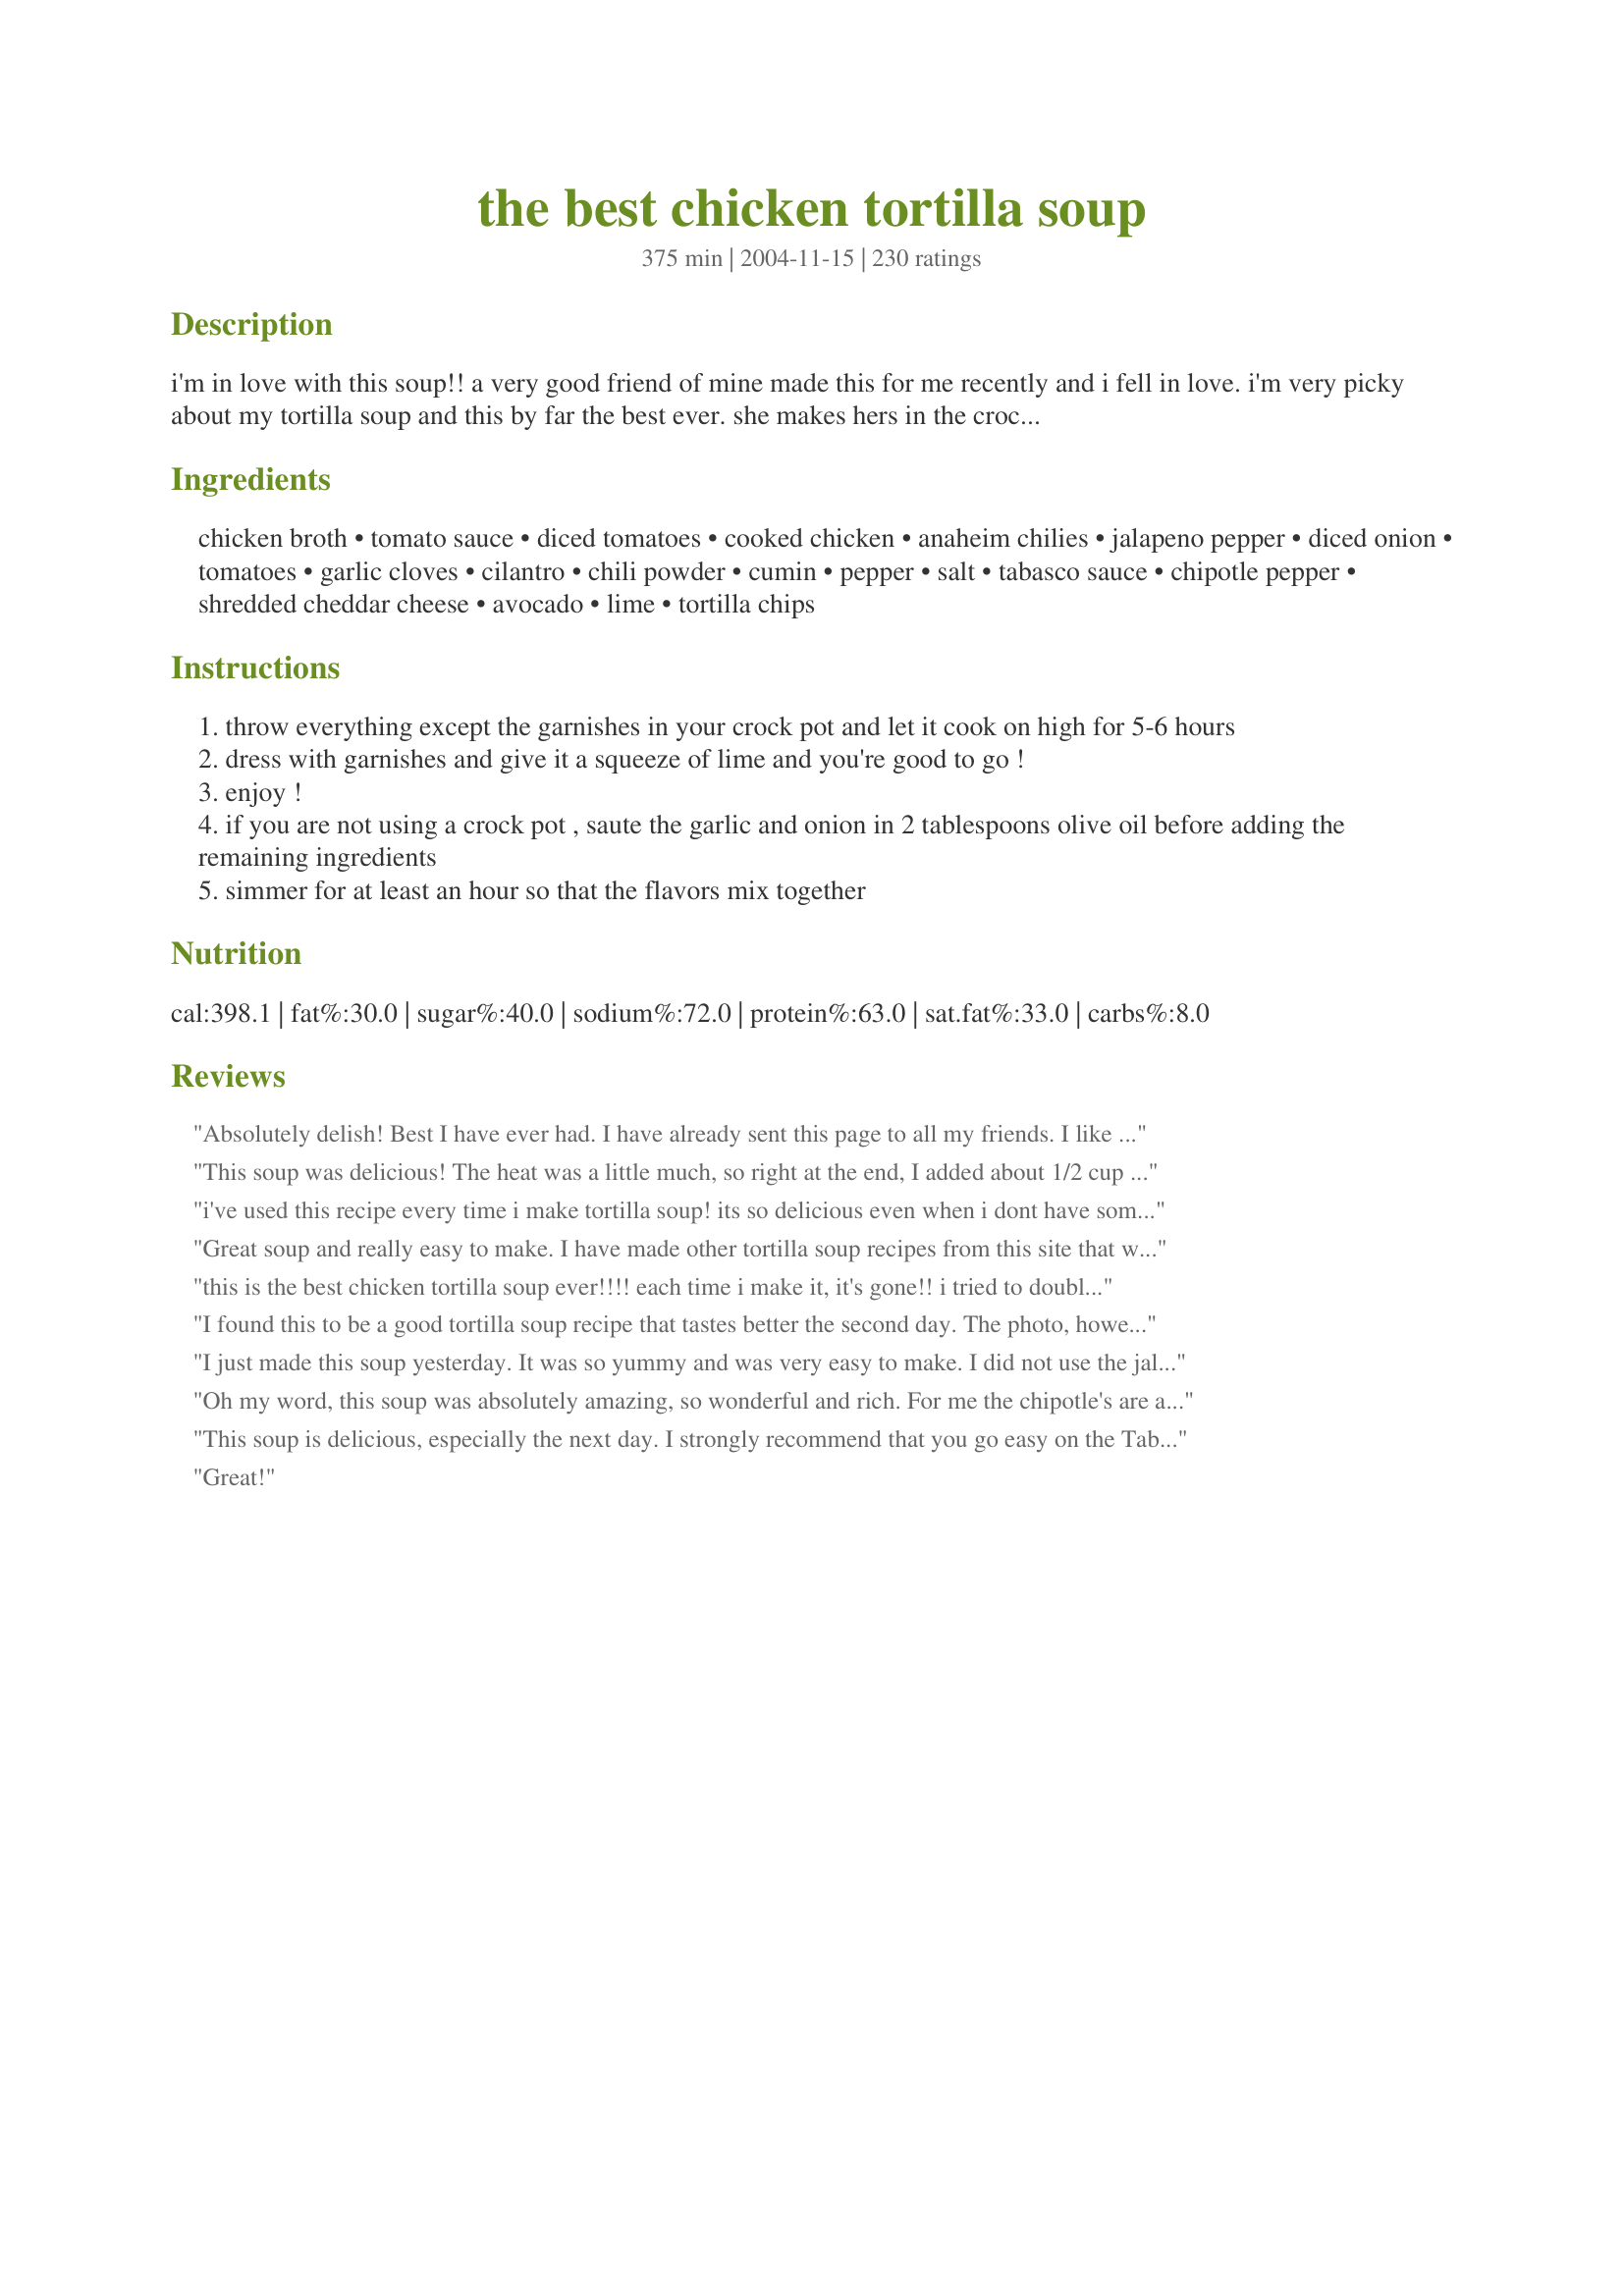
the best chicken tortilla soup
Preparation time: 375 minutes

i'm in love with this soup!! a very good friend of mine made this for me recently and i fell in love. i'm very picky about my tortilla soup and this by far the best ever. she makes hers in the crock pot and i have to agree, that it's easy and tastes just wonderful!! whatever you do, do not skip the garnishes! they are the icing on the cake! update april 2010: obviously i've made this so many times i never even look at the recipe anymore! but i wanted to add some variations that i play around with that are great. like many reviewers black beans and corn are great additions. sometimes i add them to the leftovers (if there are any :-) so that is feels like something new the next day! i have also made it several times with shredded pork which turns it into a pork carnitas type of soup. if you like it on the spicy and smoke side buy a can of chipotle peppers in adobo sauce and mince up one or two and add it. and lastly, a little swizzle of half and half or heavy cream just minutes before serving makes it a creamy tortilla soup that is wonderful and it is also a good way to tone down the heat if it got away from you...

Ingredients:
chicken broth, tomato sauce, diced tomatoes, cooked chicken, anaheim chilies, jalapeno pepper, diced onion, tomatoes, garlic cloves, cilantro, chili powder, cumin, pepper, salt, tabasco sauce, chipotle pepper, shredded cheddar cheese, avocado, lime, tortilla chips

Steps:
throw everything except the garnishes in your crock pot and let it cook on high for 5-6 hours
dress with garnishes and give it a squeeze of lime and you're good to go !
enjoy !
if you are not using a crock pot , saute the garlic and onion in 2 tablespoons olive oil before adding the remaining ingredients
simmer for at least an hour so that the flavors mix together

Reviews:
Absolutely delish! Best I have ever had. I have already sent this page to all my friends. I like to add a dolop of sour cream on top and some extra onions. I used all the peppers since I like it spicy but the sour cream does tame it down a little bit. I will try some of your other recipes Jill, thanks for this one it is a keeper!
This soup was delicious! The heat was a little much, so right at the end, I added about 1/2 cup of milk. It toned down the spice but still kept all of the flavors. I have a soup cookoff at work on Thursday, and am sure to win with this recipe :)
i've used this recipe every time i make tortilla soup! its so delicious even when i dont have some of the peppers it calls for. My husband is so happy when I make it for him!
Great soup and really easy to make. I have made other tortilla soup recipes from this site that were much more time consuming but not as good! I would definitely recommend using a rotisserie chicken as mentioned in the recipe. It's so convenient and has great flavor!
this is the best chicken tortilla soup ever!!!! each time i make it, it's gone!! i tried to double the recipe and it seemed like it was gone even quicker.. def. a keeper in my house!!
I found this to be a good tortilla soup recipe that tastes better the second day. The photo, however, makes the soup look a clearer red than it turns out to be if you give the tortilla chips a fine to a bit under medium cruch and if you cruble the cheddar cheese rather than shred it in strips. The chips will melt into the soup and so will the cheese, so it won't look or be as clear with tomato-chicken broth. Rather than fool with reconsituting chipotle pepper or rebuying it and using it dry, I used 1/2 tsp. adobo sauce (homemade from an online encyclopedia recipe). That worked fine. I left out the anaheim chilies and used canned sliced green peppers in place of the 1 jalapeno pepper. The dish will taste hot enough but not overpoweringly so if you do these things and use only 1 tsp. Tobasco sauce and 1/2 tbsp. chili powder. I imagine this dish will taste a good deal hotter if you use the amounts for all the hot foods/spices called for. If you are a person who prefers a redder, clearer tortilla soup, find a recipe that uses tortilla strips and shred the cheese using the biggest shredder size. Bon appetit!
I just made this soup yesterday. It was so yummy and was very easy to make. I did not use the jalepenos and added 1 teaspoon of cayenne pepper. It had just the right amount of kick. Thank you for posting this recipe!
Oh my word, this soup was absolutely amazing, so wonderful and rich. For me the chipotle's are an essential kick. I took out the ribs and the seeds from the other chiles to control the heat a little, but it still had a nice bite. Kudos.
This soup is delicious, especially the next day. I strongly recommend that you go easy on the Tabasco sauce until it cooks a bit, then add to taste. My soup came out so hot I was scrambling for additions to put the fire out. It successfully survived adding a can of corn, a can of chick peas, another can of diced tomatoes and 16oz. more of chicken broth. Prep time was 30 minutes for me. Sour cream is a good garnish too. Thanks!
Great!
We'll be making this a regular on our menu! My 16 year old and 9 year old ate it all gone. We especially loved the toasted corn tortillas. It is all Gluten Free! We skipped the cheese, avocado, lime and only useed 2 slices of jalapeno. I used cumin and chili powder on the chicken baked in the oven.
Such a great recipe! Everyone I've made it for loves it. I love spice(I'm Texan) so I add extra jalapenos and Mexican hot sauce at the end to taste. I also added extra chicken. Instead of tortilla chips, I use chili lime tortilla strips (Wal-Mart).
Great and easy recipe to throw together. Used 2 cans of tomatoes and jalapenos I had canned instead of fresh tomatoes. Did not use the chilies. Added 2 T sugar to cut down on the acidity of tomatoes. Everyone loved it! Thanks
What a fabulous and versitile soup! We had on hand some frozen roasted chilies, so used them. I didn't have any fresh tomatoes, so instead used a can of whole tomatoes. We also threw in a can of chili beans (didn't have black beans on hand, as I prefer), and some frozen "corn off the cob". For me, the cilantro is essential, as well as the lime, but everyone can judge for themselves. BTW, this freezes beautifully and with the garnishes, tastes super fresh. Thanks so much for posting. I've shared this with many!
I made this soup exactly as written and we loved it. So full of flavor with a good kick to it. I simmered mine on the stovetop for most of the day adding extra broth as needed. For the last few hours I covered it. Very rich flavored soup. I used all the garnishes except extra cilantro. Thanks so much for a wonderful soup recipe.
This soup is the best! I made it for my bunco group and now this soup is all over the place!! I did make a few changes because my kids don't like diced tomato so I just added an extra can of tomato sauce. I also added a smaller can of chicken broth. AND I added a little extra of garlic and cilantro. I also cut back on some of the spices. I added all of them but just a little less. That's what is so great about this recipe. You can tweak with it to suit your tastes.
Thanks!
This recipe is wonderful. I made it over the stove, adding some green chilies for an extra kick. Also added a splash of dry white wine. Served it with homemade tortilla chips.
You have got to be kidding!!! This was a big hit at our work luncheon. I don't like tomatoes but you have to leave them in to have all the flavors blend. Awesome soup
As expected-this was pretty awesome! Absolutely restaurant quality, if not better! I followed the recipe for the most part, but used 2 lbs boneless skinless breasts (not sure how many cups that made, but it was plenty of chicken) cooked and shredded, 2 jalapenos instead of one, a bit extra chili powder, 4 garlic cloves vs. two, and a splash more tobasco than called for. This definitely made it too spicy for most-but perfect for us! I agree that the garnishes cannot be skimped on!! I added sour cream to my garnish selection and I think you NEED this, especially if you want to cut down on the spice level! Even if you don't-just use it!! Threw it all in the crock pot on high for 6 hours and it was the best treat to come home to after a late afternoon , very chilly, baseball game! Mmmmmmm..........
Outstanding recipe. Thanks for posting it. Have made it multiple times.
OUTSTANDING!!! I too have made this multiple times...tweaking it a bit each time...and have gotten rave reviews!! Thanks for sharing it.
I served this for a New Year&#039;s Eve Party and it could not have been more perfect for this occasion. Prepared it earlier in the day and it was ready for our guests in the evening. We left the garnish out for people to add to taste. Our guests couldn&#039;t get enough of it. They loved it as did I.
Terrific soup! I love brothy tortilla soups, and this is right on. However ours was very spicy (used Penzey's Hot Chili Powder, Regular Tabasco & Ground Chipotle Powder which is really spicy). Next time I'd but back on some of those. Overall very good, and don't forget to fry up some corn tortilla strips to make it extra special! Edited: I stretched the leftovers by adding another carton of broth and a can of black beans. This makes delicious leftovers and is still just as tasty, if not better when the tomato flavor is diluted a little. :)
This is a good restaurant quality tortilla soup. I added a can of corn, and a poblano pepper I had in the fridge. I can't give it 5 stars because I reserve 5 for recipes where somebody got creative, however if you roasted those 4 tomatoes on your grill or in the oven and it picked up a smoky flavor it would be a perfect 5 star dish.
this was absolutely fabulous! it tasted so fresh. the only thing i would change would be to add a bit more chicken. the meat from the rotisserie didn't quite yield 3 cups,
Absolutely wonderful!!! The ingredients for garnishing stated in the recipe are crucial, making a delightful topping to go with the savory soup. Followed the recipe exactly except that I used a couple drops of Ghost Pepper sauce instead of Tabasco. It was a very nice kick! Will make it again for sure!
Wonderful recipe!!! My husbands favorite. So many flavors blended perfectly. A real treat for the tongue.

Wow. When I was putting this together, I thought to myself that there were an awful lot of peppers going in. I was wrong.

This is the perfect balance of flavor and heat. Great for a cold winter night when you've been fighting the flu... it will open you right up. ;)

I forgot the chipotle, but man, we love those, too, so it's bound to be that much the better.

I am so pleased with this recipie I can't tell you how much!
Yummmy
Simply amazing! I will be making this again and again!
This is truly the BEST chicken tortilla soup. Changed the recipe by adding extra cilantro and putting in the diced tomatoes and jalepeno mix from the can also added more salt to taste. Took this to work and nothing but good things. Was even offered money to cook this again.
There's one thing for sure....nobody can say this soup is bland!!! I omitted the anaheim chilies and used two jalapeno peppers instead. The soup was excellent...nice and speecy spicey!!!! Thanks for sharing Jill.
OMG! What can I say!!!!
I had an Ornament Swap today at work needing to pass a dish and I made this soup. WOW!!
I had one of the guys that goes to our Toluca Division in Mexico and get's the real Torilla Soup there and he said this one was way better. :) Made me feel good as it was the first time in making it.

Thank you so much for the awesome recipe - 
Kimberly
Excellent soup. I added corn and beans but it didn&#039;t need them. Really good and really easy. Nice heat to it too.
DH has been on the hunt for the *perfect* (in his mind) tortilla soup for years. Now, living in El Paso, you would think this would be fairly easy. It is not. There are as many tortilla soups in the Mexican community as there are cooks that make them! DH, however, has proclaimed this the *best* tomato based tortilla soup! HAHA. It is wonderful. Very tasty. Do not skip the lime! You don't taste the lime, but instead get a clear, bright flavor. Yum. Instead of the corn chips, I fried strips of corn tortillas for a more "authentic" style. Thanks so much for the recipe!
This soup was amazing. I added some corn. For the garnish I added some chopped onions as well. Thanks.
Oh my Jill4man! This was fantabulous. I can't remember the night I made a soup that my DH AND kids said..."DO NOT LOSE THIS RECIPE!!" This is such a keeper. I've always been a fan of creamy tortilla soups, but this tomato base soup is super. I had to make some minor changes, based on ingredients on hand; didn't have Anaheims (my fav!) at the store, so I subbed with 2 poblanos. I threw in some extra garlic, cause I'm a garlicaholic. I had two huge beef-steak tomatoes and used them instead of the amount called for, I think it ended up an even deal. We also used sliced black olives and some pickled jalepenos for garnish. Totally delectable! I am totally thrilled, DH is so darn picky, half the time I hate to cook for him, such a food snob! This is absolutely a keeper. The lime, avacado, and sour cream are a must! Also garnished with some sliced green onions. Served with tortilla chips on the side, pico de gallo, and homemade queso. Thank you, Thank you!!!!!!!!!!!!
Wonderful!!! Loved adding a bit of heavy cream at the end .
We thought this was fantastic! Just the right combination of flavors and spice. Thanks!
holy crap the title says it all. seriously the best tort. soup I've EVER had !! Thankyou so much for this recipe I love it so much :)
You're not kidding, it is THE BEST chicken tortilla soup! I've already made this twice and passed it on to several people that LOVE this recipe as well! Wouldn't change a thing - It's scrumptious! For the garnish, I forgot the avacado, so I used a blob of sour cream and I cut a tortilla into small strips with pizza cutter and baked on a sheet until crispy - So YUMMY!!! And pretty too!! Thank you so much! This recipe will be passed on and on and on!!!
I have tried many soup recipe’s and they are almost always too bland. I’m sure my hubby was thinking he was going to have to suffer through another soup trial. Amazingly the first thing out of his mouth was MMMMMMM!! I agree this is YUMMY- thanks!
Thank you for an awesome recipe! This is now my favorite soup. I've made it dozens of times and it always turns out great. I prefer organic chicken cooked just until not pink in Knorr chicken broth, then shredded with a fork. I then use the broth as the soup base. Corn and black beans make great additions.
Yummy!!! I made this and invited my in laws over. It was a huge hit all around. The limes make it. Delicious!
Use half the recommended tomato sauce. Add 1/3 - 1/2 of a small can of Adobe Chipotle peppers to make it spicier and give it a southwest flavor. I make at least four different chicken tortilla soup recipes and this is the 2nd best one. It is so easy.
The name "The Best" is spot on! I thought I'd have trouble finding Anaheim peppers cuz I'd never heard of them - nope - easy to find! This soup is VERY easy to make but the flavor is complex so it tastes as though you've been slaving away in the kitchen all day. I made it exactly as the recipe specified - absolutely delightful!
What a great Sunday night dinner! I had no cooked chicken, so sliced up 2 raw chicken breast fillets & threw them into the crockpot. No Anaheim chilies here, so cut up 2 canned chipotle chilies & added a tsp of adobo sauce. I sliced up 2 corn tortillas & fried them for garnish, along with lime juice & shredded cheddar cheese. Thanks for sharing this keeper.
This is an exceptional dish! I really enjoyed it. I omitted the cilantro, because I am very picky about how it tastes. I decided the first time I made it I would taste it without it, and then the next time I made it I would try it with the cilantro. See how it changes it up. I didnt use crushed tortilla chips, I crisped up some cut up tortillas. The only problem with that is that the tortillas will go soft after a while. But, lol, my family ate it so fast that they never got that way. The lime and avocado are a must. I was worried about the heat too, so I didn't use the chipolte peppers. My store was out of stock of the chipolte tabsco sauce, GO FIGURE, so I used a chipolte pepper marinade from mccormick. I used just a little bit. It was good. Thanks Jill for the wonderful recipe.
The best ever! so easy!
This recipe is great as is or can be played with a little bit. My mother said it was one of the best tortilla soups she’s ever had!
This was good. I enjoy the taste, but next time I will cut out the tomato products. I find that I prefer a brothy soup rather than a tomato soup (even though I love tomatoes!), which is something I didn't realize until I made it.
I am so grateful for this recipe. It was wonderful, my dad loved it and he is such a picky eater!<br/>It was perfect for our cold weather. We WILL be making this often. <br/>thanks!!:D
I have to give this 5 stars for the combination of great taste along with ease of making. I used leftover roasted chicken, and only used 1 can diced tomato, omitting the fresh tomatoes and fresh cilantro which I didn't have on hand. I used the optional chipotle tabasco - highly recommend including for a whole new depth of taste. Very complex tasting soup, considering I threw a bunch of ingredients in a crock pot and walked away for 5 hours, not too bad! Will make again! Thanks for submitting!
Fabulous soup! We threw all the ingredients in the crock pot (including whole frozen chicken breasts) and let it go. When we were about ready to eat we just took the chicken out, fork shredded, and threw it back in. As recommended, we will add black beans and corn next time. Thanks!!
Very good, albeit a little spicy for some members of my family. The toppings smooth out the heat. I served with recipe#100646
I'm allergic to tomatoes, but my DH loved it. Insted of anaheim chilies and 3-4 tomatoes, I used 2 cans of rotel. I also used chipotle bouillon. This was my first time making tortilla soup and I will definately make it again with this recipe. Thanks.
mouthful of flavor in each slurp, ha ha ha!!! very versatile too-- i used 8 fresh tomatoes and 1/4 cup of tomato paste since i didn't have canned tomatoes. Also, added a can of cuban style black beans since i had it on hand...loved it, thanks!
YUM! I am a super huge fan of tortilla soup. This was my first attempt at making it, and it was GOOD! Even my husband, who is generally a "non-soup eater", enjoyed it. I used two really large tomatoes--I may use a little less next time. My husband and I also thought that we'd add some corn next time too. Thanks for sharing!!!
I loved everything about this about this soup. I actually made my own pulled chicken. I will be cooking this regularly
Good and spicy, we loved it. Served with quesadillas.YUM.
I had never heard of Tortilla Soup until Jill4man was a featured cook recently. This recipe was so popular with other Zaarees, that I had to try it. I was worried about all the 'heat' that went into this, but was so wrong. We all loved it -- even the French exchange student who doesn't like 'spicy'. I made the recipe as written -- except that we don't have chipotle peppers or chipotle Tabasco in Australia. I used regular Tabasco, and added sour cream as a garnish. I can imagine throwing in some chopped kalamata olives, too. I guess it's sounding even more like a taco in a bowl. Either way, it's divine. Thanks for sharing.
My family really enjoyed this. The taste of the fresh peppers and cumin really give it a nice flavor. I used a roasted chicken from Sam's and it was great in it. The lime was really good in it but be careful and not squeeze too much. I will be fixing this again.
Absoltely THE best! The only problem I had was making sure everyone added the garnishes, (all were glad I did). They really "make" the soup. Thanks for sharing!
Loved this soup!!! Thank you!
I made this recipe for 4 women I did not know and they LOVED it. Everyone had seconds! My husband says it's the "best ever." I used only 36 ounces of chicken broth and instead of the tomato sauce, diced tomatos, and all the listed peppers, I used 1 can of Rotel and 1 can of "Rotel in Sauce." The soup still had a bite to it, but wasn't overwhlemingly hot. I will DEFINITELY make again!!!!
Very good soup! I made as directed except left out the chipotle peppers. Thanks for sharing!! :O)
Great recipe, loved it. Just wish I'd checked and made sure we still had tortilla chips, my husband cleaned them off!
Terrific! I made this for Super Bowl Sunday -- well, for us it's Puppy Bowl Sunday. I made it exactly as written, except that I squeezed two limes into the soup right before serving, rather than garnishing with lime wedges. I used three different kinds of chili powder, including a teaspoon of chipotle chili powder. Loved the fact it was very flavorful without being too hot -- my husband stopped at the halfway point of dinner and said, "You know, this is really delicious." I used chili & lime tortilla chips on top, and thought it made a big difference. This is a definite keeper -- thanks so much for posting it!
This is a very good soup and a great way to use up the leftover Spanish rice and tortilla chips from the night before. I added the rice at the very last as it was already cooked and just needed to warm up a little. I was forced to eliminate the jalapeno and chipotle peppers though because the kids don't tolerate spicy food well (darn it). The tomato sauce made it a bit sour but a few teaspoons of sugar rounded it out. Everyone really enjoyed this soup. I will definately make it again. Thanks for submitting Jill4man.
This soup was wonderful! I only did one anaheim chili and the chipotle tabasco since we only like a little heat, and it was the perfect amount! I think this will become a regular in my kitchen!
Amazing! I have made this over and over again and put extras in our freezer. Nothing like it to warm our bones on a cold UT winter day :). Thank you so much!
I must be weird for not giving it five stars like everyone else, but I wasn't terribly impressed. I guess I'm looking for a more authentic recipe, or one that matches two seperate batches I had in Mexico and Cali that were just divine. This was just okay.
Just made this tonight...It's very good everyone loved it. I will be making this one again :)
We loved this really versatile soup recipe. Even my daughter who is picky about tomatoes had no problem gobbling down a bowl and taking leftovers for her lunch today. I did have to tone down the heat a bit as some members of my family can't digest spicy food, so I used a can of diced tomatoes with green chilies as my only peppers. I did serve jalapenos on the side to go into the soup for those who wanted heat (like me!). This soup is easy and absolutely delicious. As stated, the lime is REALLY an important little garnish. And besides the jalapeno and suggested garnish we also had sour cream.
This was my first time making this kind of soup and I have to say that it was sensational! Great flavors and I intend on using this recipe in the future.
First time having this kind of soup and was a huge hit! I had made a vegetable tomato soup and then saw this recipe and added the rest of ingredients. Was fantastic! Didn't have the chilli's and instead of tabasco used a Habanero hot sauce and a jar of black bean and corn salsa. Next time will perhaps use a can of black beans and a can of corn.
This recipe is the Best Tortilla soup I have ever had! My friend Rachel and I made it and sent pictures of our soup to each other like the big dorks we are! My boyfriend enjoyed it, but then again he will eat anything I make. We just got a crock pot, and this soup cooked all day; It was fabulous, and the aroma carried throughout the house. Thanks to the recipe owner ;p
I love this recipe. I substituted boneless skinless chicken breasts instead of the rotisserie chicken, I sliced it thin and then added it just a few minutes before serving (I hate rubbery chicken). I followed the previous advice to add 2 cans of corn and 1 can of black beans, and then added fresh chopped tomatillos, sliced olives, homemade flour tortilla chips, and garlic chevre to the toppings I offer. My husband says it is the best soup he has ever had =D
This is truly the best recipe for Chicken Tortilla Soup I have ever found. It is spicy but not overwhelming. The avocado on top with the cheese.... totally awesome!
I must join in the chorus of great reviews for this soup. It is wonderful. I jacked up the heat a bit by using diced tomatoes with chiles and adding one serrano pepper to the mix. I also added a can of black beans and some corn. I sliced some corn tortillas, sprayed them with oil and crisped them in the oven, and topped the soup with the tortillas, cheese and sour cream. Thank you so much for posting!
Excellent !! Made this soup one night, but served it the next. I think it may have even given the soup a chance to develop its flavors. You MUST use all the garnishes, it really makes the dish ! Thank you so much for a wonderful soup recipe.
My DH & I both loved this soup. My DH's favorite tortilla soup is Max & Erma's but he said this one would come in 2nd! My rotisserie had 3 cups plus so it was plenty.
Love this soup, I actually look forward to the cold just so I can make and eat this. Instead of tortilla chips I take corn tortillas and brush them with olive oil then bake at 400 until browned and crispy. They are great in this soup.
This was really good and very flavorful. I didn't have all the peppers listed but it didn't matter. It still tasted great. And I garnished with cheddar cheese, lime and tortilla chips. I wished I had avocados. Will use them next time.
I love this tortilla soup recipe. i often follow the instructions to the letter. but i also liked the base flavor so much, that occasionally i remove the chicken and broth, add beans and ground beef, and make a delicious chili! thank you Jill!
I made this soup yesterday after my sister raved about how good it was. She was right! I am really picky about taco soup and I'm usually disappointed but this was so good! It had just the right amount of heat and spices. I didn't have any avocado for the garnish but the lime, tortilla chips and cheese really did complete it so well. I ate the leftovers for lunch today and now I wish I'd made more!
Wow! As said previously very good soup. I think the key is absolutely the squeeze of lime at the end which really brings up the flavors. Perfection.
My family absolutely loves this soup. They are begging me to make it once a week and I'm happy to oblige! We add 2 cans of corn and 2 cans of black beans (both undrained) which makes for a perfect broth. Otherwise we follow the recipe exactly.
This was a great soup! Spicy and flavorful and hearty. The different types of chili pepper all complemented eachother. I omitted the onion and added a handful each of chopped celery, carrot and corn. As the crockpot was busy, it cooked on the stove just fine. Thanks, Jill4man!
I use Poblano peppers and add black beans and corn. The rest I leave the same. I probably make this once a week. It is so wonderful!
Can you say addicted??? Delicious as it is, but I substitued 1 can of red enchilada sauce for the tomato sauce and liked it even better. I am a tortilla soup connoisseur and this recipe way surpassed my expectations. Also fed it to my picky boyfriend and he went back for 2nds and 3rds.
I was dying to try this but I knew it would be too spicy for the kids :( So, I made it for a pot luck lunch yesterday and what a hit. I someone come up to me tonight and tell me she was sorry she missed the pot luck because everyone was raving about the soup. Thanks Jill for the booste to my reputation. The house smelled like salsa. Definately use the chipotle tabasco sauce. Yum.
Beautiful! I added corn, black beans, and green bell pepper. I also used a couple canned Chipotle chiles in adobo sauce. Gave it a wonderful smokey flavor. I plan to top mine with monterrey cheese instead of cheddar. Thanks!
This soup is so yummy! A+++ I added a can of kernel corn, a can of black beans, and more chicken to make the soup heartier and it was a huge hit. I also sliced up flour tortillas and cooked them on a baking sheet for 3 minutes to put on top of the soup instead of crushed shells. I can't wait to make this again. So nice on a cold winter day.
Can't add anything not spoken. I added the red enchilada sauce as well as the tomato sauce to make it a little thicker...so good!
My family loved this soup!
I did cook on the stove and was wonderful.
A perfect dish for the crock pot.
I did add a can of yellow corn just cause we like that. 
This will be a repeat on our list!
I may double it to have more leftovers too!
Thanks Jill!
yaya
Just got back from Puerto Vallarta and we have been craving authentic tortilla soup. THIS IS IT! I used the stove version and it really came out perfectly! The only thing I'll do differently next time will be to use fresh corn tortillas cut in strips, brushed with olive oil, and baked in the oven until crisp (about 5-7 minutes) Thank you so much for this recipe! AMAZING!!!!!!

Update: just made this again, but in the slow cooker and it came out fantastic! It was so nice to just let it cook and smell it cooking all day! Thanks again!
Fantastic! My husband and I are very picky eaters and I fixed this the other night and we both loved it. Instead of using Fresh tomatoes I used 2 extra cans of diced tomatoes. I will be making this meal again.
Made it just how you said, but doubled everything exactly by measurements and brought it to a family get together tonight and everyone LOVED it! It was a hit. I tried without the lime and then squirted some in and it tops off the flavor perfectly. Highly recommend the lime! Added the other garnishments as well and it is great. Someone there added sour cream to cover tone down the hot and they said it worked great. First time making Tortilla soup and it was easy and great! Made me look like a pro!
What can I say that hasn't been said before. There were no anaheims locally available so I used one can of extra hot Rotel, on poblano, one hot banana pepper in addition to the jalapeno. Thanks Jillman
WOW!!!!! I made this soup stovetop and the only things I changed were to use a full 8 oz. can of tomato sauce and an extra teaspoon of Chipotle Tobasco since I didn't have any chipotle powder. I took the submitter's advice and used all the meat from a whole rotisserie chicken from my grocery store deli. My mother-in-law swore it was better than the version Dean Fearing serves at The Mansion on Turtle Creek in Dallas. It does get better after a day in the fridge. Thanks, Jill4man!
I&#039;ve been on the lookout for a good tortilla soup recipe - this is the one! I modified the recipe slightly based on my preferences and what I had on had. I made it in the slow cooker, but did saut&eacute; the onion and garlic before putting them in (I feel this gives better flavour). For the chicken meat, I roasted bone-in thighs. I probably used a bit more onion than called for (one large), and as I didn&#039;t have any fresh tomatoes, I added extra diced tomatoes. I had just bought several jalape&ntilde;o peppers, so used 2 large (and no Anaheim). Oh yes - also added canned black beans and corn based on input from other reviewers. Used more cilantro than called for (half a bunch). Served with Tex Mex grated cheese, crumbled tortilla chips, fresh lime, sour cream, and avocado. Guest worthy!
I have to say that this was a great recipe! My whole family loved it. I even shared "a little" with the neighbors, and they gave me a big thumbs up! Thanks Jill4man for a wonderful recipe.
This was really good. I have been on a bad soup streak, but this recipe ended it. I only had one anaheim chili and I used canned whole tomatoes (tore 'em up a bit) because they were cheaper. Also, I am a fan of corn and I added half a bag of frozen corn. Very yummy!
This was so good! I was afraid I wouldn't like it because I am not too big on tomatoes, but it was so delicious! I didn't add the fresh tomatoes, instead I just used a bigger can of diced tomatoes. Delicious!
Made this on the stove top and it definitely lived up to its rating!
Really delicious. You don&#039;t need the cheese - we added it, but the flavor was a bit lost. I added two chipotle peppers (whole) while it cooked and fished them out at the end. It gave it a great smokey flavor and a good kick without overdoing it.
Amazing, perfect, awesome! Everyone raved about this recipe! I brought it to a pot luck, and some people ONLY ate this soup because it was soooo good!
Thanks for the great recipe!
Absolutely wonderful! This soup had just the right amount of heat and complex flavor. I made it on Sunday and ate it on Wednesday. It definitely got better with age. Also, I used several different types of hot peppers and chilies %u2013 not sure if they were those that were intended but it worked out fine. I roasted a couple of chicken legs and thighs that were perfect for the soup %u2013 no prepared rotisserie for me. This could become a staple in my home. Thanks so much for posting
This soup is very good and very flavorful. I think next time I might add black beans and corn. I thought the soup was a little tin and added cornstarch to thicken it a bit. Excellent tasting soup.
Made this last night and everyone loved it! I cooked it all day on low instead of 5-6 hours on high since I was at work. I am not a fan of spicy food, but everyone else is, so we compromised and left out the jalapenos. We still found it spicy, but not too spicy for me. I will be making it again since my husband said it was his favorite soup ever!
OK, I&#039;m convinced. I have only read half of the reviews and will be making this for supper tomorrow. I will be using a whole chicken that I cooked for it&#039;s own broth and adding the black beans and corn per other reviewers suggestions. I am giving this 5 stars in advance because all of the ingredients are ones that I know I already love. Thanks Jill4man for a wonderful recipe. turbotess
Excellent! Very tasty and spicy. I add extra chicken to make it an extra hearty meal.
This was great!! I omitted the diced tomatoes and fresh tomatoes, and doubled the tomato sauce so the family would eat it. I also added a can of corn (drained).
This is the best tortila soup ever! An excellent make ahead meal. So glad I found this recipe. Thank you sooo much for sharing
This smelled wonderful cooking and tasted delicious! I roasted a 3ish lb chicken and made stock from the carcass & drippings. I used 2 jalepenos (no chilies) and used a large can of petite diced tomatoes (no fresh). I did not have chipotle peppers. I did add a can of drained, rinsed blak beans and a can of drained corn. We really enjoyed this!

We also served it well drained and served over chips (like nachos) and loved that too!
Was looking for a chicken tortilla soup recipe and this is the first one I tried........well I won't look for another. My 15 year old gave it a 4.5 star who hates tomatoes and my husband gave it a 5 star which I totally agree! Thanks for sharing this awesome recipe!
Fantastic!! We could not stop eating it. Couldn't find the anaheim chiles, but followed the recipe otherwise. The garnishes are definitely a must!
I made your soup for several dinner guests who raved about the flavor. My crock pot was too small, but I just put all the ingredients in a large pot, put it in the fridge, and warmed on the stove for an hour before serving. Thanks for sharing!
Outstanding! My husband is picky about tortilla soup, and he raved over this recipe. This soup is a regular for us now! To make the cooked chicken, I sprinkle chili powder over a couple boneless skinless chicken breasts and bake them in a 350 oven, then shred the meat.
Try this recipe with juice of 1 to 2 fresh squeezed limes- Delish
Wow!! This was amazing! I used my crockpot and put everything in it and then put frozen chicken breasts in and cooked on low for 8 hours. I used the chipote chili pepper and that was a success! This is my chicken tortilla soup recipe from here on out. Don't forget the cheese, tortilla chips, and avocados to top it off to excellence!
This is wonderful soup and so easy to put together. I had store bought whole chicken roast bones to make the chicken stock and used that to make this soup. Because I was planning to serve this to some house guests who are not too keen on hot food, I did not use any jalapeno and used frozen New Mexico chile pepper I already had instead of anaheim. The result was excellent soup and my company really enjoyed it too. Thank you very much for posting this soup recipe Jill4man.
Our traditional New Years recipe is a new soup and this was great. A little more spicy for some to eat a bunch so I'll cut down on the chili powder next time. Only changes was I left out the tabasco sauce as I didn't have any on hand and I used a 32oz of broth box and didn't add more since it was soupy enough. To use what was available, we just thru in frozen chicken tenders and then shredded them once they were cooked through and simmered some more. Next time around I'm going to thicken it up with corn and beans per what some other reviewers have done.
This realy is the best Chicken Tortilla Soup ever! The only thing I will do different next time is to make a double batch. I used 1 Anaheim pepper and left out the jalapeno and chipotle because my DH can't take too much heat, but it was still pleasantly spicy for our tastes. I made it on the stove and let it simmer for an hour and it got nice and thick and rich. Great recipe Jill4man!
YuMMMMM with 5 Great Big M's! ;)
I cooked this on the stovetop and even though I forgot to saute the garlic and onions beforehand, it turned out wonderful. Rich and full of flavors that don't compete, but rather enhance each other. The only thing I'd do differently is skip the can of diced tomatoes and add more fresh; the canned ones just don't break down like "real" tomatoes. What's THAT all about? Anyway, a true keeper of a recipe, thanks!
This is probably the best soup that I have ever made at home. I like the idea of 2 chickens. I used only one, but will be adding another tomorrow. I made mine in the crockpot. I cooked it for about 2 hrs (w/out the chicken) then pureed the veggies in the food processor so it wasn't super chunky. (My husband doesn't like to know that the veggies are in there). Then I added the chicken and cooked it for about 4 more hours. It was really, really good. Thank you so much for sharing this recipe!
Great recipe! Often it's hard to find something the whole family agrees on, but everyone around the table gave it 5 stars.
Very tasty! It turned out a little too spicy, so I would definitely tone that down next time. Otherwise, love the authentic flavor!
Great recipe! My son doesn't like tomatoes, so we left out the fresh tomatoes and it was great. It makes alot so we were able to eat it for days. Will definitely make it again!
This is the most delicious soup EVER. I made it last Saturday and we had it for dinner Saturday night, Sunday night and Monday night. We've never eaten anything that we could enthusiastically eat for three straight days and we could have eaten it again on Tuesday night if there were more leftovers! Jill4man is right, don't skip ANY of the garnishes, they are all important!
Love!!!! I changed it up a bit. Added corn and siracha Sauce and I didn&#039;t use the peppers or chilis or tobasco but it still came out great!!!!
I've been wanting to try making torilla soup for quite some time..and Wow did I ever find the right recipe! Everyone in the family loved putting their own garnishes on to taste..we didn't add any cheese or sour cream because of dairy allergies (they weren't missed).I did add a can of Mexican Rotel, an entire 8oz can tomato sauce and upped all the spices. This is one for my recipe box, I'm already planning it for when we have guests over. Thank you Jill4man
This a huge hit around my house! We love it! I recommend adding zucchini slices during the last 2 or 3 hours of cooking. Also I slice corn tortillas up in long thin pieces and spray them with non stick cooking spray and sprinkle them with Lawry's season salt. Bake them at 350 for 10 - 15 minutes. DELICIOUS!!
Incredible! I made the recipe as stated and it was perfect. Thanks!!
Great flavors in this spicy soup! I used a rotisserie chicken and shredded just the breast meat and I doubled the chicken broth (I like my soup a little runny). Plus I blended all the peppers, tomatoes, onions and jalapenos in a blender before I cooked it so that my son would eat it! (What he doesn't know is there, won't hurt him!) I saved the one can diced tomatoes back to give the soup some texture. I think next time I'll add a bit less peppers as it was a touch too spicy for him (I loved it) and add some veggies like squash and zucchini into the blender before I blend! He won't even taste them and it'll give him some extra veggies!!) Will also add more chicken broth! Wonderful soup as is though and I highly recommend it! And I've tried TONS of tortilla soup recipes!
I prepared this with the stove-top method and was thoroughly impressed! Changes - substituted fresh diced tomatoes, used the chicken from the homemade chicken broth I made just for this recipe, no anaheim chilies, nor Tabasco. I did add chipotle peppers and we loved every bite! Added Seasoned Tortilla Strips #100646 by JuneBug. Thank you for a great soup!
Really REALLY good recipe. I don't think I'm going to be ordering it out anymore...even the pickiest eaters in my house woofed it down. Thank you!!
best tortilla soup ive ever had...
To save time I used whole boneless, skinless, frozen chicken breasts and increased the cook time. About an hour before it was finished I took the chicken breasts out and shredded them and returned them to the pot. I also added a can of corn (drained) and a can of white beans (drained). We loved it!
The soup tasted terrific! I just needed more substance, hungry I guess, so we added one can of Kidney beans and one can of Pinto beans.
Love it!
Super easy and super yummy! We made ours in our cast iron dutch oven on the stove top, simmered for about 90 minutes with the lid off and it was ready. While it was cooking we kept dipping our tortilla chips into it for a taste. We accidentally forgot the avocado, but we threw in a spoonful of sour cream into each bowl of soup and it was very creamy and delish! A nice alternative to chili on a cold evening.
Excellent soup! DH wanted to know if there was more before he finished his first bowl-and everyone went back for seconds!

Made it a day ahead of time on the stovetop. Used extra chicken, full can of tomato sauce and an extra jalapeno. Was worried at first that it might be too spicy. But the flavors really came together and it was perfect. As good as the best I've had in any restaurant and better than most! 

The toppings really put this soup well...over the top! The lime was an excellent addition to the flavor. We also used sour cream along w/the avacado, cilantro and a blend of cheddar and montery jack cheese. And by the time I got to the bottom of the bowl it was creamy and...well...simply fantastic.

Served it with quesadillas, but didn't really need to. With the extra chicken the soup was really a meal in and of itself.

Thanks Jill4man for sharing! 



My husband and sister (who love spicy foods) LOVED this soup. I don't think I used enough chicken so I will add more next time.
With all the reviews I had to try this one. They were right, it is really delicious and we will have it again! Just the right amount of everything, the pot was drained dry and enjoyed with every mouthful. Thanks!
Made this for the second time tonight and both times it was a huge hit. The first time it was just supposed to be a starter, but everyone liked it so much they hardly had room for the main course! I did make a few changes: I used canned diced tomatoes (29 oz. in total) just because it's easier and canned green chilies. I also added a can of yellow corn and black beans and used Tajin seasoning. We add cheese, avocado, sour cream and tortilla chips as garnishments. Even the kids gobble this up. Very good soup!
I made this last night for supper. It is very good. I liked this better then some other soups I've tried like this. I served it with tortilla chips, avacado, sour cream and cheddar cheese. So good. lthank you for sharing your recipe with us.
Love this soup. I used yellow, orange, and red bell peppers instead of the extra tomatoes! my family really enjoys it, they even swing by unexpectedly just to eat some soup lol :)
I think I'm addicted! I got hooked on Chicken Tortilla Soup when I first had it at the Tejas restaurant here in Mpls. Another garnish idea from Tejas: thinly sliced (or julienned) zucchini (uncooked). Sounds weird but adds a wonderful, subtle taste and adds even more color, texture and nutrition to this excellent soup. Thanks!
Great recipe! Really enjoyed! I think if I make it again, I would only put one anaheim chili in, as it was a bit spicy.
I always order this soup at good Mexican restaurants so I was willing to try a good recipe to be able to make for myself. THIS WAS THE ONE! I don't think even my favorite restaurants is this good. Made it as stated and with the chipotles and even my 7 yr old loved it. I will add this to my all time favorites. Thank you so much for sharing this with me.
Yummers.. Not a fan of tomato based soups but this is really tasty and satisfying. I can never leave a recipe alone-so here is what I did.
 Sauteed fine chopped onion,anaheim chilies, 3-4 tomatillos and crushed garlic and added to soup. Added 1/2 c.canned corn,omitted the fresh red tomatoes and and jalepenos. Wanting to make the soup a bit more creamy but not thick I mixed some Wondra thickner and 1/3 c.heavy cream with a bit of the warm broth and added to soup. That made it just a little more special. I also added some Chicken broth base powder as I did not have enough canned broth and extra tomatoe sauce just make sure you add enough water to compensate for the concentrated chicken powder.Next time I will have cilantro.And the toppings are a must.I did this on the stove for a quick dinner, it was fantastic, but crocking it would be even better. mimsy
I have made this recipe many times and am always asked for the recipe when I serve to someone new. The garnishes are what make it extra good!
This was very, very good. Because I have children I halved the peppers and didn't add the chipotles. It was still too spicy for my youngest daughter. However my older daughter, my husband and myself really loved it. Will definitely make again.
Great soup! I cannot wait to have the leftovers for dinner again tonight! We will make this again and again.
Love love love it! I too am picky about my tortilla soups and this one exceeded my expectations. And it's so easy to make!
Easy and spicy -but not too much burn.....delicious. Thank you for sharing, Awesome.
Absolutely delicious. We topped it off with cheese, sourcream, and made homemade tortilla chips.
This is a fabulous soup! I made it on top of the stove. I saut?ed onion and garlic before adding other ingredients and then simmered for about an hour.. I added a can of black beans but otherwise made it by the recipe. The flavor is wonderful. I plan to freeze some of the leftovers.<br/><br/>My only other comment is that the prep time is listed as 15 minutes. I was chopping by hand but even with a processor I can imagine it taking only 15 minutes. I spent more like 45 minutes getting everything into the pot.<br/><br/>Thank you for sharing this recipe!
This was so delicious! I can't believe I made soup that tasted so good! You are right, the garnishes were perfect! I'll definitely cook this again.
I made this chicken tortilla soup, and I'm surprised I didn't single-handedly eat every last drop in one sitting. Delish! I used only half the jalapeno (I'm a heat wimp), I didn't use the chipotle pepper (didn't have any) and, instead of Tabasco, I used Melinda's Habanero Hot Sauce. It turned out the perfect level of heat for me. I'm looking forward to having it for breakfast, lunch and--if there's any remaining--dinner tomorrow.
Incredible! Cut the tobasco back to 1tsp, included the chipotle powder, and then added 9 sliced and halved corn tortilla strips at the end. Cubed uncooked chicken breast, but will try the shredded next time by allowing it to cook in the soup and then shredding it towards the end of cooking time. Perfect after a cold night at the baseball field. Was enjoyed by adults AND children! Thank you so much!!!!
This is absolutely to-die-for and will be a regular with me for life! I had never even heard of Tortilla Soup (not seen in the UK, at least not that I've seen) but I came across the recipe when looking for new inspiration for my crockpot, which I use nearly every night...I've made this twice now, simply throwing it all in the crock and leaving all day on low (start off on high), exactly as stated in the recipe and it is absolutely delicious, we were fighting over seconds at the crock! As Jill4man states and other reviewers have said, it is the garnishes that really make it - we thought it would be weird to put advocado on top of a soup, so wrong, it was exceptional.

**the only thing I would add is that it is more than a soup, it is definitely a meal in a bowl and certainly a perfect Monday-night supper to use up Sunday's roast chicken leftovers** 

~thank you for taking the time to post this recipe I for one am delighted!~
This was so good! I just finished and could not wait to praise this wonderful and easy recipe. I did however have to change a couple of things in order to use what I had on hand. I used 3 frozen boneless, skinless chicken breasts which I took out and shredded with 2 forks a half an hour prior to serving. I also replaced 2 tomatoes and anaheim peppers with 2 cans of Rotel. I also used a can of diced jalepenos and a can of diced green chiles. This was so deelish! I agree with all the other reviews that the garnishes are a must to make this soup fabulous! Thanks Jill4man!
This is the closest I've found to what we miss in San Antonio. I followed the recipe exactly, including the chipolte Tabasco sauce, (minus the optional chipolte pepper). Don't forget the cilantro!<br/><br/>I also cut flour tortillas into strips using a pizza slicer and fry them instead of using tortilla chips from a bag. It makes a HUGE difference.
This was really good and I made very few changes. I only used a 32 oz. box of broth and I was glad I did. The crock pot was almost full. I think if I used the extra broth it would have overflowed. I used uncooked diced chicken breast and added a can of corn. It was very good and I can't imagine how much better it will taste today. Thanks for sharing.
YUMMY! Followed recipe exactly,THANK YOU!
Wow!!! What a wonderful recipe! I will make this again and again. The spices are perfect! I loved the garnishes for the top of the soup...this is key. Full of flavor and spice! Thanks for sharing!
This is a good soup for a cold day. While we all liked it, no one felt it was &quot;The Best&quot; Chicken Tortilla soup we have had. May combine this with others we have tried and tweak it to our families personal taste.
This soup was sooooo good! I am so glad to have found such a good soup recipe to keep forever. I also added the full can of tomato sauce. (Do they even make 2 oz. cans of tomato sauce?) I also added about a cup of sweet corn. So good!!!
Love this soup! Definitely the best tortilla soup I've ever made at home, and probably even beats those I've had in restaurants. Thanks for a fabulous recipe.
WONDERFUL recipe! I added a can of enchilada sauce to the recipe as jlowe1964 recommended and left off the tomatoes as well. I pulsed the garlic, onion, jalapeno, green chilies in a food processor and added it to the crock pot . I used frozen chicken breasts and removed them and chopped into bite size pieces near the end of the cooking time. While the chicken was out and cooling, I removed a lot of the garlic, onion, jalapeno, green chilies and pulsed them and pureed it. I added the puree and the chicken back to the soup. I also opted to make the tortilla strips vs the chips. Another idea is that it can be served over rice at the bottom of the bowl...Thank you for sharing...FLAVORFUL!
This soup is GREAT! I didn't have any fresh tomatoes, so I subbed another 15 oz can of fire-roasted diced tomatoes and it worked just fine.

I really dislike creamy tortilla soups, so this version is the one and only for me!
This was so light and yummy. The only change I made was I used 2 cans of Rotel instead of the tomatoes and I added a can of corn. My only complaint was it was a little runny but I let it boil down a bit and it was perfect! Thanks for a healthy recipe~
Wonderful, fragrant, delicious! My go to. I dont remember when I first made this soup recipe but its one of the best Ive ever tasted and it can be tweaked to your tastes on that particular day. And it really is simple, I love that she shared this with us! I followed some tweaks mentioned regarding the enchilada sauce and it is very good. Im a doubler or tripler of sauces at times even though its just the 2 of us at home, but this is a great leftover meal so I enjoy it for days and make a lot of it. I finally &quot;made&quot; the tortilla strips by cutting up and baking corn tortillas with oil &amp; cumin and it made it so much better usually I throw in tortilla chips. This is just one of those recipes that will go down as a favorite and people really enjoy thanks for sharing!! I also read somewhere whether here or another site about spooning the soup on top of the tortilla chips, avocado, cheese (i vary between using several different mexican cheeses depending on what i have) and lime juice and believe it really does taste wonderful with the garnishes at the bottom of the warm soup yum so good making it again today. Have i said how happy i am she shared this with us?
So yummy! I skipped the large tomatoes and used parsley instead of cilantro, used the chipotle tabasco, but not the chipotle peppers. I topped with cheese, avocado, tortilla strips, and a squeeze of lime. Served with tortilla chips. Delish! Thank-you!
I'm a new cook and this turned out really well for me. Thanks for sharing:)
This turned out great. A bit too spicy for my kiddos, however I added 2 chipotle peppers to it. I will omit those next time and it will be perfect for them. I'll be adding this to my cookbook! Thanks for a great recipe!!
We LOVE this soup at our house! We have made it a ton over the last several months, after we first found the recipe! Definitely a keeper!
Since this recipe got such rave reviews I decided to try my hand at it. This was my first time making Tortilla soup, so I wasn't quite sure what to expect. Excellent flavors going on here and we absolutely loved it! Diane
Don't have a slow cooker so I cooked it on the stove for a couple hours. Skipped the fresh tomatoes, it's February and they taste like cardboard, even here in California. Used a couple Anaheim chiles and a Poblano as well. This was the best tortilla soup recipe I've tried and it comes reasonably close to the best I've had in a restaurant. What I don't understand about this recipe (and didn't follow) is using Tabasco, there are plenty of Mexican alternatives available almost anywhere (I prefer Tapatio, although I only added it after cooking) and cheddar cheese. Far better with Monterey Jack, which has a very different effect, or even real Mexican cheese if you can get it.
I made this last night for dinner and I have to say it really is some of the very best tortilla soup I have ever had and I thought mine was pretty good. I followed this to the letter and it is excellent. Thank you so much for a great recipe
OK so add me to the list of believers in this soup! Made as written but I added one can of black beans and one can of shoe peg corn. I made homemade tortilla strips. I used the crockpot and left it on low all day while at work. It is a keeper and part of my favorites soups. I didn't use the hot chilis but used one can of Rotel mild. I added chipotole sauce to it, just maybe a teaspoon, no salt. Topped with garnishes as recommended. Can't wait for tomorrow when its left over. Thanks for a wonderful recipe.
This was amazing! I ended up making it on stovetop and used hand blender at the end to smooth it out. (also because i chopped the peppers and onions, not diced). I also added some half and half to cut some of the heat and make it creamier. It was delicious. I will definitely make this again.
WOW, This soup is is very tasty. It is filling, and my husband and 3 kids love it. Even my picky eater asked for seconds. I haven't made this soup all summer with the heat, but now fall coolness is here, and I am making it tommorrow. Yummy.
This was excellent! we added spoonfuls of black beans as we served it as well. I used an extra can of diced tomatoes and didn't use any fresh. Very good, and very easy!
I agree this is the best chicken tortilla soup that I have tried! The only difference is I didn't cook it in the crock pot and it turned out just as good. I first sauted the onions, garlic, anaheim peppers and jalapeno pepper in a little bit of oil till soft and onion slightly browned. I added all other ingredients and simmered on low-med. heat for 15-20 mins and it was fantastic. Of course like it says...."Don't skip the garnishes"....it really is the icing on the cake!
Fantastic! I regularly make homemade chicken stock for matzo ball soup. I save the soup chicken for another use, such as chicken salad, etc. I used my leftover soup chicken in place of the rotisserie chicken and it was delicious. We can't deal with a lot of heat, so I will back the jalepeno down to 1/2 (I used no anaheim chilies) and only a teaspoon of the chipotle hot sauce. Thank you Jill4man for a wonderful recipe!<br/><br/>--------<br/><br/>Used this recipe to make Turkey Tortilla Soup with Thanksgiving leftover turkey. For T-day gravy, I make my own stock using turkey giblets, neck and lots of veggies. Used some of my leftover turkey stock in place of the chix broth. Delish!
Really good stuff! 
My modifications: I omitted the chipotle because I didn't think mine needed more heat (I used 1 fresh hot green peppers, 3 sweet green peppers and pickled jalapeno in the soup). I also increased the onion and garlic, added two grated carrots, some diced celery root, some pinto beans and oregano to add some heft (this will serve 5 as a main course, I'm thinking). If I had some masa harina, I would mix that with a little olive oil and add it to the soup to thicken it up, too. 
None of these are criticisms, mind you--it is a wonderful, fragrant and tasty soup as is. Just mentioning how I noodled around with it. It is definitely the best that I've made from scratch! Thanks for posting!!!
Compared to 4627, it's easier to prepare. VERY VERY GOOD! I'm rater #42 BTW. The FRESH LIME really made it for us, and the garnishes made it world-class, ready to serve in Hollywood's hottest eatery!
Excellent! I loved the flavor and the amount of spice, however, if you are sensitive to heat or are feeding children, you will want to adjust accordingly. Loved it! The garnishments add just the right finish! Thank you!
The recipe is an excellent base for your own creation. I made it per the recipe with two minor subs - used a can of Rotell instead of diced tomatoes and chipotle powder instead of canned in adobo. I roasted a couple of skin on bone- in chicken breasts and shredded the meat to add to soup. It was excellent! Then I added my own ingredients - corn, can of kidney beans and about 1-1/2 cups cooked left-over rice. It made soup much heartier and husband was happy with a big bowl for dinner. Wonderful stuff!
Wonderful! I loved this recipe. I ate it for lunch and dinner two days in a row. I did add some items that made it more to what I was looking for. I added 2 chipotles in adobo because I didnâ€™t have any fresh. I also added Â½ a package of frozen corn, one can of black beans, and some shredded carrots. At the end I added 10 chopped up corn tortillas and about Â½ a tablespoon of Mexican oregano. I am definitely going to make this one again.
This truly is THE BEST AND EASIEST chicken tortilla soup! Dont forget to add the garnishes; it finishes the soup! Thanks for posting this recipe for us all to enjoy!
the best what can I say....many people have asked me for this recipe because it is fantastic! You can't go wrong.
After reading all the reviews i thought i would try this. Sorry but i was disappointed. I followed the recipe to the letter it was very spicy but not much flavor and was thin for my taste i added some cheese to thicken it up was OK but don't believe i would make it again .
I've never made tortilla soup in the crockpot before, but I like the convenience of concoct and forget. It has a lot of flavor and I'm sure we'll love it.
Oh, my goodness! I just made this soup with my left over chicken from Yesterday,from the recipe I found on this site for the deli rotisserie chicken, which was delicious... Oh, this soup is a real winner! I am so glad I have leftovers for tomorrow.. think of it, three meals from one little rotisserie chicken. I tasted it as it cooked during the day, and I loved it from the very first bite that I sneaked.I put the trimmings on it, except I forgot the lime on the first bowl. but wow, what a difference when I added it to the next two bowls. (thats right, I had 3 bowls of the stuff)I could live without all the fixings, but the lime juice is a must do... don't neglect to use that. the other stuff gives it appeal, and sorta gives it EYE APPEAL,like a restaurant would do. The lime gives it TASTE appeal...its a winner.
Yummy Soup with GREAT flavor! Took it to work and shared it with my employees and they approved! =) I will be making this many times to keep warm this winter! The Garnishs are a Must!
Thanks for sharing!
Hearty and flavorful soup. The whole family loved it...ok except the 6 year old, but he doesn't count, he hates most foods. Simple instructions, easy to find ingredients and tasty result. Next time I will add some fresh or frozen corn because I think it would go with this soup. Thank you.
This soup was very tasty and filling which is not something I can say for alot of soups. I Followed the recipe in general, but just added a little more chicken....actually a lot more chicken ! I use 2 deli chickens and can't imagine using any less.I like to eat chicken,not look for it.Of course if using hot deli chicken(s) pick them while they're still hot ....it's easier that way. I liked the tortilla chips left whole vs crushed. Defintely a keeper. Thanks!!!:)
Not only is this good but it is good for you. I've made this a couple of times now and we love it. This time I used the Chipotle as suggested an it gave it a wonderful depth of flavor. I will try it with black beans as others suggested next time.
I agree "Absoltely THE best!". Everyone loved this. Garnishes are a must! Will be making this often. Thanks Jill4man.
So Good ! I made mine with the crock pot. Amazing! My daughter came home after school said you could smell it outside, she said it made her drool.
I made this last weekend and it was wonderful!!! I used a whole pico de gallo rotissary chicken and used Rotel diced tomatos with habanero peppers. Did add the Chipotle peppers also. My DH says it was the best soup he has ever eaten. Took some to the office and had to print off the recipe as everyone loved it because it is not bland at all!! Thank you so much for this recipe.
We loved this! The only things we changed were: we didn&#039;t add the optional chipotle pepper, didn&#039;t garnish with cilantro (added freeze dried to the soup), and it was kept warm for an hour and then on low for an additional hour. &lt;br/&gt;&lt;br/&gt;I&#039;m wondering how it would taste with black olives. My DH doesn&#039;t like olives but debating trying it as another garnish next time.
Holy toledo that is some spicy stuff! And I had to tone it down a bit for my dh and toddlers (only one anaheim, less spice, no chipotle or Tabasco) but wow is it yummy! I don't even know what tortilla soup is supposed to be like, but this is very enjoyable, will make again for sure. Thanks for sharing!
I served on sunday I had friends over to watch football ... went fast... very good... rob thanks
This is a fabulous chicken tortilla soup! I took the advice of one reviewer and added a can of drained black beans and 1/2 cup frozen corn. It gave the soup texture, color and added flavor. We don't like avocado, but the other garnishes were used. The squeeze of lime was perfect! We all loved it...and that doesn't happen often! Thanks Jill!
This was great! I didn't use quite as many peppers and chilies, nor did I use the chipotle flavorings per my family's tastes, but they loved it! Everyone had seconds! Thanks, Jill!
Yummmm
I made this for our Thursday night potluck group and then I reheated leftovers for my parents the following night. My parents loved it, I enjoyed it, but some of our friends found it too spicy. Overall, a good recipe.
There is a bit too much stuff to fit in my crockpot. I'll half the portions going forward.
Oh my gosh, this soup is so delicious!!! I will make it again and again for certain!! Thank you for sharing it!! :)
Excellent!
I am in LOVE with this soup. I like a lot of flavor, but my stomach is a bit of wimp when it comes to spicy things. So, I used the mild green chilies in a can and halved the Tabasco. 

I also cut ten yellow corn tortillas into thin strips, spread them onto a baking sheet, poured a little corn oil over the top and popped them in the oven at 350 for about twenty minutes. I think these taste better and are a better presentation than regular store bought chips.

Thank you so much for my new favorite soup recipe.
Dear Jill4man,
Thank you for inviting us into your kitchen to taste your fabulous "The Best Chicken Tortilla Soup." Although I was no doubt many miles from you when we had this, I felt like we were having lunch together! DH and I love Tortilla Soup, and the quest for the best recipe stops here. I used an 8 oz. can of tomato sauce, but followed the recipe completely other than that. We had powdered chipotle peppers, so we did add it. It was "bright" but not too spicy to be enjoyable. There is a deep rich flavor to it that I was looking for. And the garnishes are indeed "the icing!" I can't thank you enough for this treat. I know we will make it again and again.
Quite tasty! I really should have put more chicken in it. I loved the freshness of this soup and I love it spicy!
Fabulous recipe! I'm asked for it everytime I make it. I do add fresh corn, cut off the cobb and leave the cilantro out of the soup and just offer it as a garnish. The anaheim peppers and chipotle (either from the tobasco or if you add the optional chipotle pepper itself)MAKE this recipe imo. YUM! Thanks SO much for sharing!
This soup is delicious I’ve made it so many times. I always add 1 can of corn and 1 can of black beans.
Fantastic soup. I used two jalapenos (seeds removed) instead of one and doubled the garlic. Used half of one medium-sized red onion which came out to be about 3/4 cup of chopped onions. Definitely use rotisserie chicken, as it was delicious. However, my favorite part about this soup was the rich, delicious broth, and I felt that because of the amount of chicken there wasn&#039;t enough of it. Next time I think I&#039;ll cut the chicken in half.
Muy Sabroso! This was a hit with the adults at a church dinner. I made three batches in three crockpots and cooked it for 9 hours on low. Wow! My house smelled terrific when I walked in after work! I couldn't find anaheims so broiled, skinned and chopped poblanos instead. Thanks for a keeper!
Very good recipe - although I had to make some changes based on availability and making the recipe easier. Normally I follow recipes to a "T", but the absurd high price of tomatoes (3x what they were a few weeks ago - no kidding) caused me alter the recipe slightly.<br/><br/>Instead of the 15oz can of diced tomatoes, 3-4 tomatoes (diced), and 2 anaheim peppers, I used a 28oz can of diced tomatoes, 1 can of Rotel, and 1 can of diced green chilies. It was cheaper and I think it stayed within the parameters of what the recipe tried to accomplish. <br/><br/>The soup was very good, and with no added fat pretty healthy to boot. Using the rotisserie chicken is a great idea, as you can usually find them for $5 - $6 around here - which is about what you'd pay for a whole frozen chicken. Plus you'll probably have some extra chicken meat left over to boot!<br/><br/>I may try the black beans in the soup next time as well like some other reviewers have suggested. This is definitely a keeper though.
This is the best. My husband made it for me and I fell out of my chair. Awesome! Were making a pot of this every week for a while.
Add me to the list of fans. I lost my original soup recipe and was disappointed that I couldn't find it but decided to try this instead. WOW ! It is better than the last one. My husband said this was the BEST soup he's ever had. I made my own tortilla crunchies by thinly slicing some corn tortillas, covering with PAM and lawrys seasoning and baking in the oven. They were great too. Thanks for my new favorite recipe.
Fabulous! Made it exactly as stated, and was well rewarded! Wonderful flavor! I'm not usually a fan of homemade soups, but this one will become a staple! Thanks!
Fantastic flavor! I added a can of whole kernel corn (with the juice), and a can of black beans(drained and rinsed). I used mexican flavor diced tomatoes, and left out the chilies and the jalapeno peppers so it wouldn't be to warm for the kids. Everyone loved it! we topped ours with toasted tortilla strips, and I agree, do NOT leave of the garnishes, they really made the dish.
My husband and I made this a couple weeks ago and it was as good as any I've had! I loved it. It reminds me of Garcia's tortilla soup here in Phoenix. Thanks so much for posting this!! Oh! I told my sister to try this recipe. She made it and has told her friends a work about the recipe so they can try it too.
OMG....I would give this 10 stars if I could. We served ours with all the suggested garnishes. The best tortilla soup we have ever had. We let ours cook on low in our crock pot all day. PERFECT....thanks so much!
